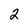
Character: 2